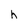
Character: h